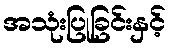
အသုံးပြုခြင်းနှင့်